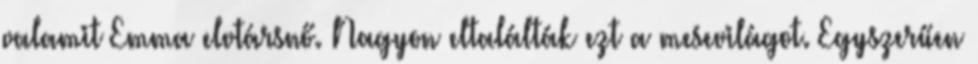
valamit Emma elvtársnő. Nagyon eltalálták ezt a mesevilágot. Egyszerűen